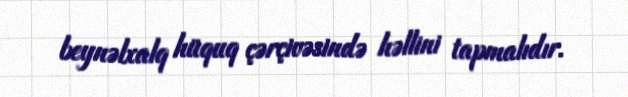
beynəlxalq hüquq çərçivəsində həllini tapmalıdır.